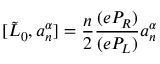
[ \tilde { L } _ { 0 } , a _ { n } ^ { \alpha } ] = \frac { n } { 2 } \frac { ( e P _ { R } ) } { ( e P _ { L } ) } a _ { n } ^ { \alpha }